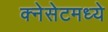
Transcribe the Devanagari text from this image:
क्नेसेटमध्ये